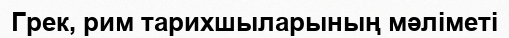
Грек, рим тарихшыларының мәліметі